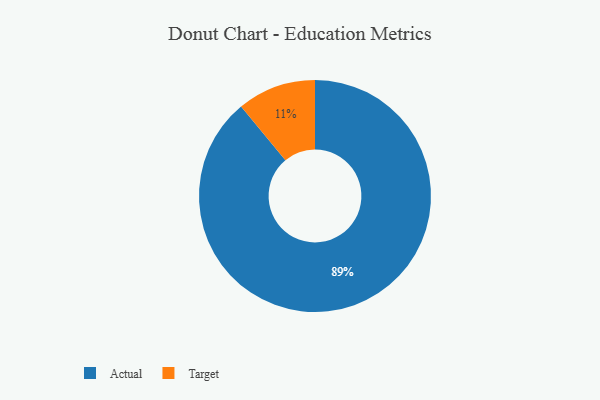
{"axis": {"x": "Category", "y": "Percentage"}, "legend": ["Actual", "Target"], "data": [{"x": "Actual", "y": 89, "type": "Actual"}, {"x": "Target", "y": 11, "type": "Target"}]}